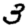
Digit: 3